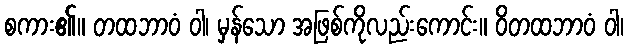
စကား၏။ တထဘာဝံ ဝါ၊ မှန်သော အဖြစ်ကိုလည်းကောင်း။ ဝိတထဘာဝံ ဝါ၊